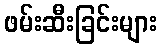
ဖမ်းဆီးခြင်းများ